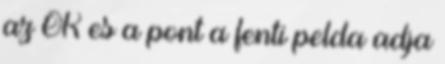
az OK es a pont a fenti pelda adja